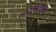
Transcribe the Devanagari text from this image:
अन्नामलाइयर